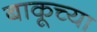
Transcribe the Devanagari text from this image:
बाकूच्या